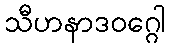
သီဟနာဒဝဂ္ဂေါ